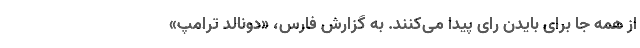
از همه جا برای بایدن رای پیدا می‌کنند. به گزارش فارس، «دونالد ترامپ»